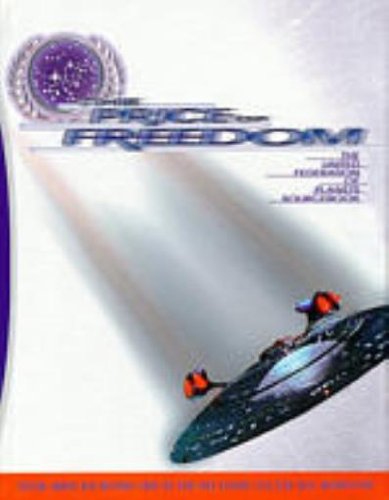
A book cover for The Price of Freedom: The United Federation of Planets Sourcebook (Star Trek Next Generation Roleplaying Game); Science Fiction & Fantasy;